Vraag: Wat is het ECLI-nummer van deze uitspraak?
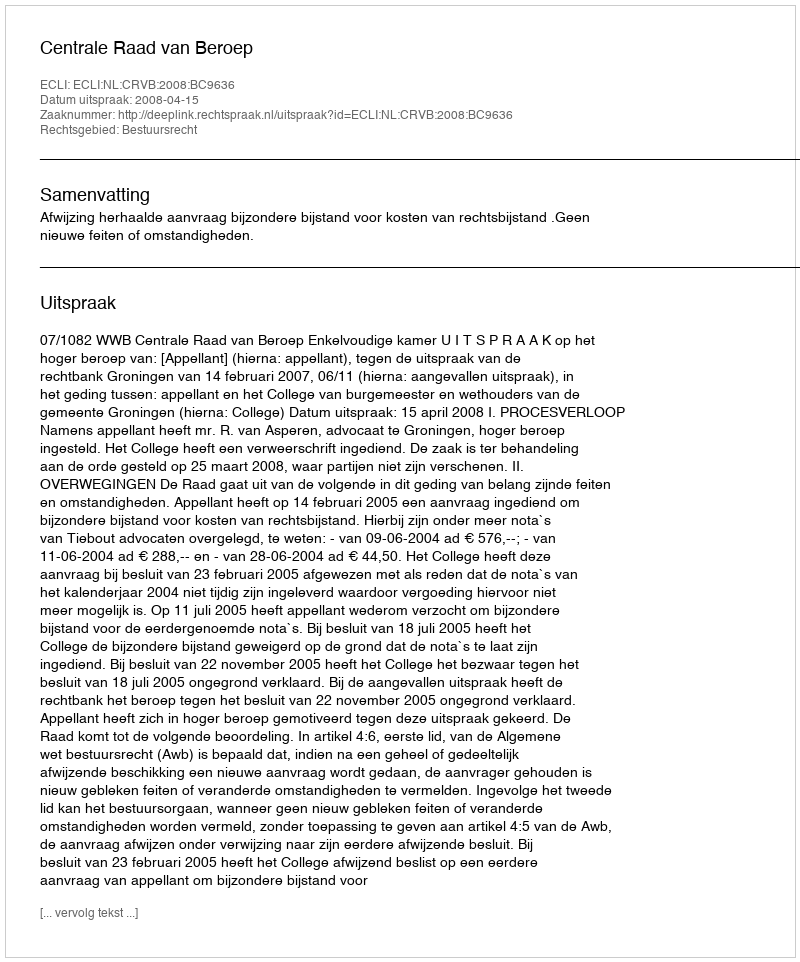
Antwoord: ECLI:NL:CRVB:2008:BC9636